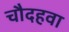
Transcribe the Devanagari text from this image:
चौदहवा